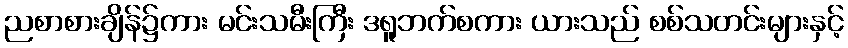
ညစာစားချိန်၌ကား မင်းသမီးကြီး ဒရူဘက်စကား ယားသည် စစ်သတင်းများနှင့်